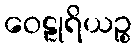
ဝေဠုရိယဉ္စ